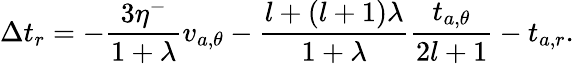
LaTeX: \Delta t_{r}=-\frac{3\eta^{-}}{1+\lambda}v_{a,\theta}-\frac{l+(l+1)\lambda}{1+\lambda}\frac{t_{a,\theta}}{2l+1}-t_{a,r}.